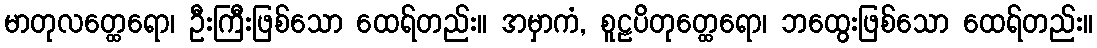
မာတုလတ္ထေရော၊ ဦးကြီးဖြစ်သော ထေရ်တည်း။ အမှာကံ, စူဠပိတုတ္ထေရော၊ ဘထွေးဖြစ်သော ထေရ်တည်း။